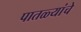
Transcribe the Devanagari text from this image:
पातळ्यांचे